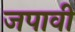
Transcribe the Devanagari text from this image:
जपावी